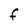
Character: f